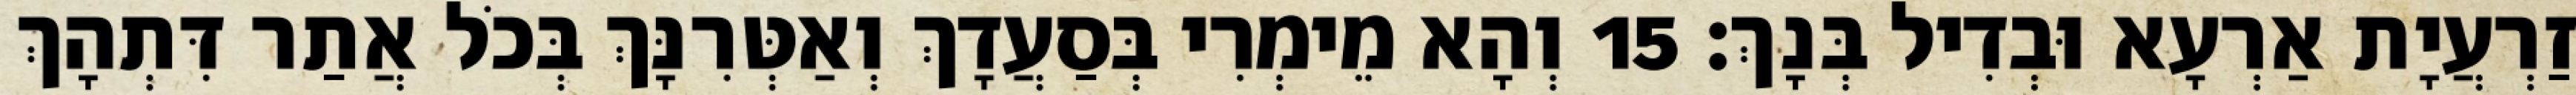
זַרְעֲיָת אַרְעָא וּבְדִיל בְּנָךְ׃ 15 וְהָא מֵימְרִי בְּסַעֲדָךְ וְאַטְּרִנָּךְ בְּכֹל אֲתַר דִּתְהָךְ